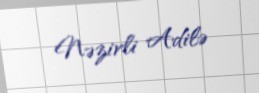
Nəzirli Adilə